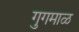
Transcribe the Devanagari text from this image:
गुगमाळ